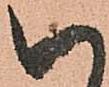
い